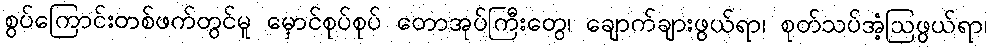
စွပ်ကြောင်းတစ်ဖက်တွင်မူ မှောင်စုပ်စုပ် တောအုပ်ကြီးတွေ၊ ချောက်ချားဖွယ်ရာ၊ စုတ်သပ်အံ့ဩဖွယ်ရာ၊